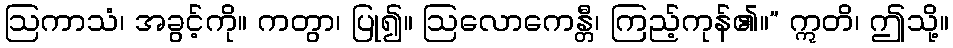
ဩကာသံ၊ အခွင့်ကို။ ကတွာ၊ ပြု၍။ ဩလောကေန္တီ၊ ကြည့်ကုန်၏။” ဣတိ၊ ဤသို့။